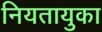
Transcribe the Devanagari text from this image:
नियतायुका